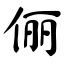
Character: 俪